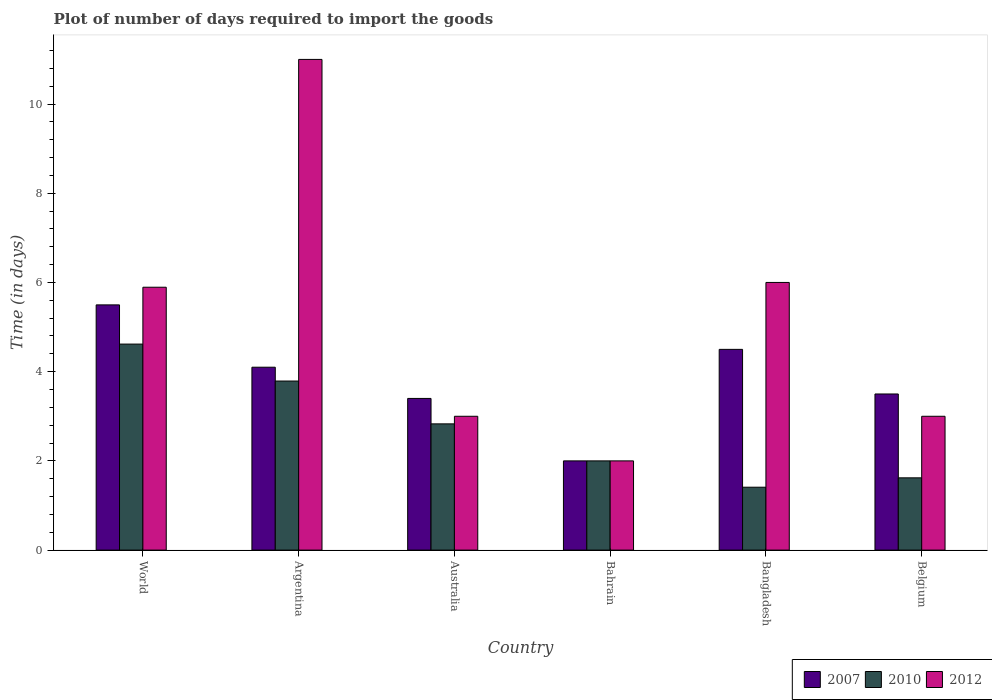
| Country | 2007 | 2010 | 2012 |
 | --- | --- | --- | --- |
 | World | 5.5 | 4.62 | 5.89 |
 | Argentina | 4.1 | 3.79 | 11 |
 | Australia | 3.4 | 2.83 | 3 |
 | Bahrain | 2 | 2 | 2 |
 | Bangladesh | 4.5 | 1.41 | 6 |
 | Belgium | 3.5 | 1.62 | 3 |